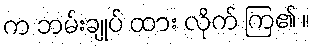
က ဘမ်းချုပ် ထား လိုက် ကြ၏ ။